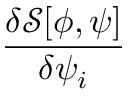
\frac { \delta { \mathcal { S } } [ \phi , \psi ] } { \delta \psi _ { i } }